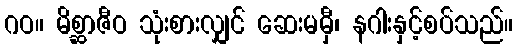
ဂဝ။ မိစ္ဆာဇီဝ သုံးစားလျှင် ဆေးမမှီ၊ နဂါးနှင့်စပ်သည်။